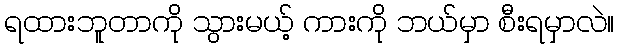
ရထားဘူတာကို သွားမယ့် ကားကို ဘယ်မှာ စီးရမှာလဲ။